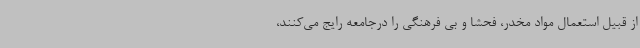
از قبیل استعمال مواد مخدر، فحشا و بی فرهنگی را درجامعه رایج می‌کنند،